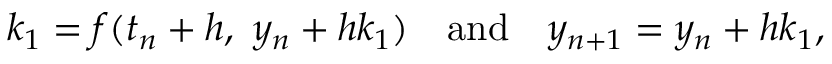
k _ { 1 } = f ( t _ { n } + h , \ y _ { n } + h k _ { 1 } ) \quad { \mathrm { a n d } } \quad y _ { n + 1 } = y _ { n } + h k _ { 1 } ,